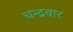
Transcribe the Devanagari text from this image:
चन्द्रवार